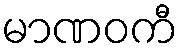
မာဏဝကီ